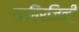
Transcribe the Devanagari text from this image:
काबिरजिनी